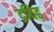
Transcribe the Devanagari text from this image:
द्रविढ़